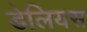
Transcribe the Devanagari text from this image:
डेलियस